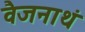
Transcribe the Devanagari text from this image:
वैजनाथं